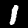
Label: 1